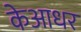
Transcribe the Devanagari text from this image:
केआधर